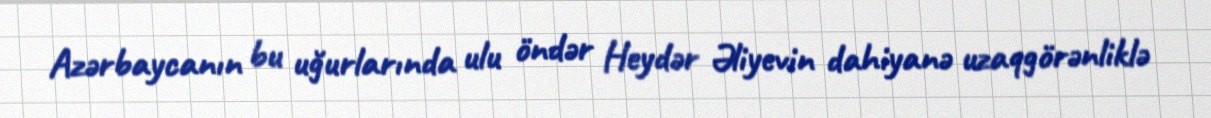
Azərbaycanın bu uğurlarında ulu öndər Heydər Əliyevin dahiyanə uzaqgörənliklə